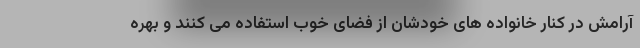
آرامش در کنار خانواده های خودشان از فضای خوب استفاده می کنند و بهره